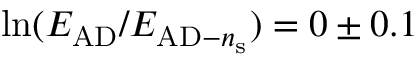
\ln ( E _ { \mathrm { A D } } / E _ { \mathrm { A D } - n _ { \mathrm { s } } } ) = 0 \pm 0 . 1